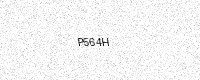
Text: P564H